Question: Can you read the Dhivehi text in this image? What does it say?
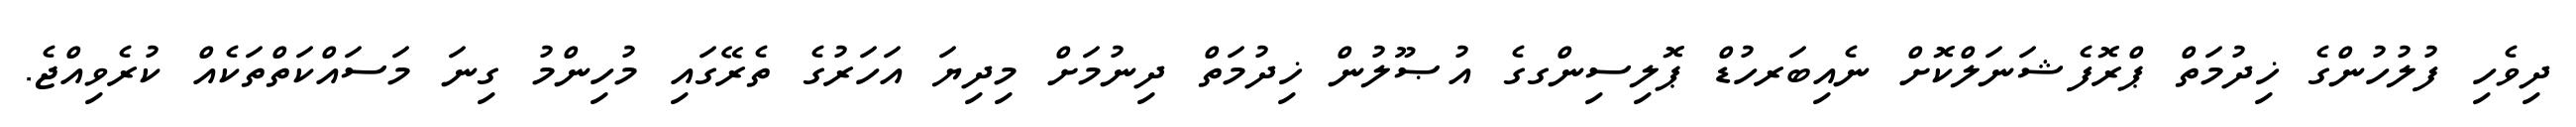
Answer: ދިވެހި ފުލުހުންގެ ޚިދުމަތް ޕްރޮފެޝަނަލްކޮށް ނެއިބަރހުޑް ޕޮލިސިންގގެ އުޞޫލުން ޚިދުމަތް ދިނުމަށް މިދިޔަ އަހަރުގެ ތެރޭގައި މުހިންމު ގިނަ މަސައްކަތްތަކެއް ކުރެވިއްޖެ.